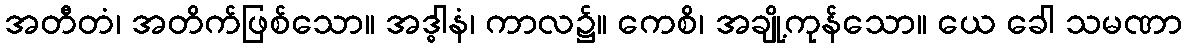
အတီတံ၊ အတိက်ဖြစ်သော။ အဒ္ဓါနံ၊ ကာလ၌။ ကေစိ၊ အချို့ကုန်သော။ ယေ ခေါ သမဏာ